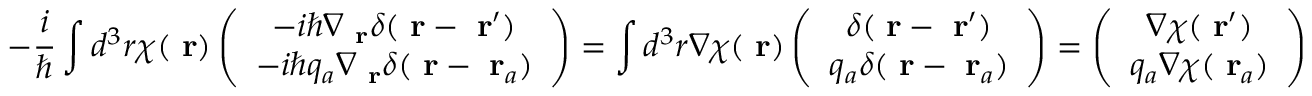
- \frac { i } { \hbar } \int d ^ { 3 } r \chi ( \mathrm { \bf ~ r } ) \left( \begin{array} { c } { - i \hbar \nabla _ { \mathrm { \bf ~ r } } \delta ( \mathrm { \bf ~ r } - \mathrm { \bf ~ r } ^ { \prime } ) } \\ { - i \hbar q _ { a } \nabla _ { \mathrm { \bf ~ r } } \delta ( \mathrm { \bf ~ r } - \mathrm { \bf ~ r } _ { a } ) } \end{array} \right) = \int d ^ { 3 } r \nabla \chi ( \mathrm { \bf ~ r } ) \left( \begin{array} { c } { \delta ( \mathrm { \bf ~ r } - \mathrm { \bf ~ r } ^ { \prime } ) } \\ { q _ { a } \delta ( \mathrm { \bf ~ r } - \mathrm { \bf ~ r } _ { a } ) } \end{array} \right) = \left( \begin{array} { c } { \nabla \chi ( \mathrm { \bf ~ r } ^ { \prime } ) } \\ { q _ { a } \nabla \chi ( \mathrm { \bf ~ r } _ { a } ) } \end{array} \right)